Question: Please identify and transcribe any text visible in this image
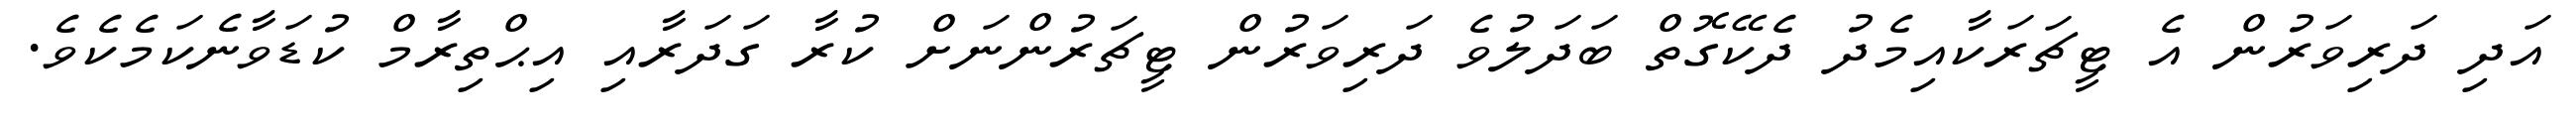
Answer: އަދި ދަރިވަރުން އެ ޓީޗަރަކާއިމެދު ދެކޭގޮތް ބަދަލުވެ ދަރިވަރުން ޓީޗަރުންނަށް ކުރާ ގަދަރާއި އިޙްތިރާމް ކުޑަވާނެކަމެކެވެ.